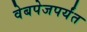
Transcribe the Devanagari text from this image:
वेबपेजपर्यंत